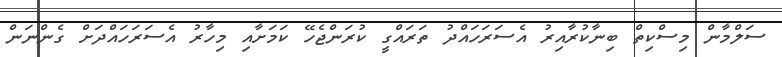
ސަލްމާން މިސްކިތް ބިނާކުރާއިރު އެސަރަހައްދު ތަރައްގީ ކުރަންޖެހޭ ކަމަށާއި މިހާރު އެސަރަހައްދަށް ގެންނަން